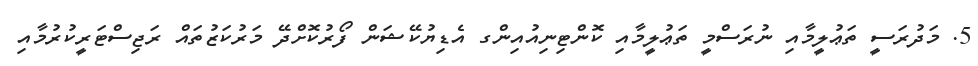
5. މަދުރަސީ ތަޢުލީމާއި ނުރަސްމީ ތަޢުލީމާއި ކޮންޓިނިއުއިންގ އެޑިޔުކޭޝަން ފޯރުކޮށްދޭ މަރުކަޒުތައް ރަޖިސްޓަރީކުރުމާއި